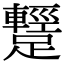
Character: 𨆪